Indian journal of veterinary science and animal husbandry - Volume 3,
Year: 1933
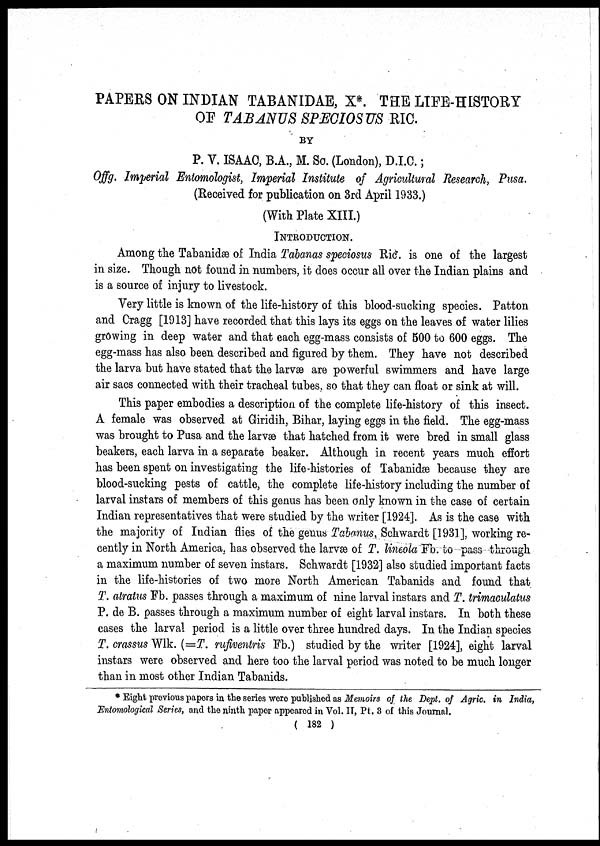
PAPERS ON INDIAN TABANIDAE, X*. THE LIFE-HISTORY
OF TABANUS SPECIOSUS RIC.
BY
P. V. ISAAC, B.A., M. Sc. (London), D.I.C.;
Of f g. Imperial Entomologist, Imperial Institute of Agricultural Research, Pusa.
(Received for publication on 3rd April 1933.)
(With Plate XIII.)
INTRODUCTION.
Among the Tabanidæ of India Tabanas speciosus Ric. is one of the largest
in size. Though not found in numbers, it does occur all over the Indian plains and
is a source of injury to livestock.
Very little is known of the life-history of this blood-sucking species. Patton
and Cragg [1913] have recorded that this lays its eggs on the leaves of water lilies
growing in deep water and that each egg-mass consists of 500 to 600 eggs. The
egg-mass has also been described and figured by them. They have not described
the larva but have stated that the larvæ are powerful swimmers and have large
air sacs connected with their tracheal tubes, so that they can float or sink at will.
This paper embodies a description of the complete life-history of this insect.
A female was observed at Giridih, Bihar, laying eggs in the field. The egg-mass
was brought to Pusa and the larvæ that hatched from it were bred in small glass
beakers, each larva in a separate beaker. Although in recent years much effort
has been spent on investigating the life-histories of Tabanidæ because they are
blood-sucking pests of cattle, the complete life-history including the number of
larval instars of members of this genus has been only known in the case of certain
Indian representatives that were studied by the writer [1924]. As is the case with
the majority of Indian flies of the genus Tabanus, Schwardt [1931], working re-
cently in North America, has observed the larvæ of T. lineola Fb. to pass through
a maximum number of seven instars. Schwardt [1932] also studied important facts
in the life-histories of two more North American Tabanids and found that
T. atratus Fb. passes through a maximum of nine larval instars and T. trimaculatus
P. de B. passes through a maximum number of eight larval instars. In both these
cases the larval period is a little over three hundred days. In the Indian species
T. crassus Wlk. (= T. rufiventris Fb.) studied by the writer [1924], eight larval
instars were observed and here too the larval period was noted to be much longer
than in most other Indian Tabanids.
* Eight previous papers in the series were published as Memoirs of the Dept. of Agric. in India,
Entomological Series, and the ninth paper appeared in Vol. II, Pt. 3 of this Journal.
( 182 )